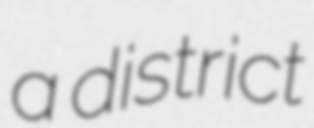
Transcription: a district